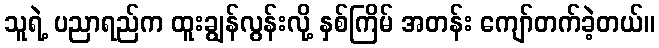
သူရဲ့ ပညာရည်က ထူးချွန်လွန်းလို့ နှစ်ကြိမ် အတန်း ကျော်တက်ခဲ့တယ်။